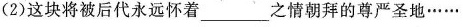
(2)这块将被后代永远怀着___之情朝拜的尊严圣地……